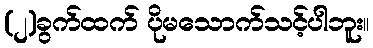
(၂)ခွက်ထက် ပိုမသောက်သင့်ပါဘူး။